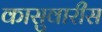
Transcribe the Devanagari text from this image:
कासुवारीस